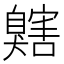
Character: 𦤬